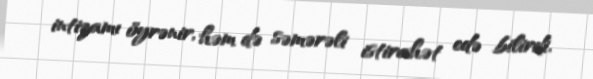
intizamı öyrənir, həm də səmərəli istirahət edə bilirdi.